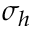
\sigma _ { h }